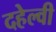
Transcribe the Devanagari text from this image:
दहेल्‍वी